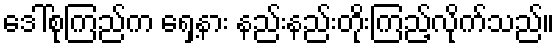
ဒေါ်စုကြည်က ရှေ့နား နည်းနည်းတိုးကြည့်လိုက်သည်။